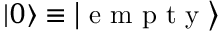
\left| 0 \right\rangle \equiv \left| \textrm { e m p t y } \right\rangle